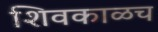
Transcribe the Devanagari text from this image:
शिवकाळच